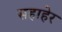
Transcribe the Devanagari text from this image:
सहाहेर